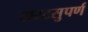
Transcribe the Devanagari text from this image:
सरटसुपर्ण